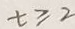
t \geq 2